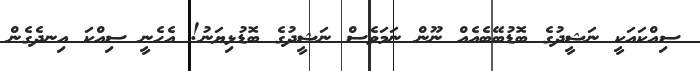
ސިއްކައަކީ ނަޝީދުގެ ބޮޑުބޭބެއެއް ނޫން ނަމަވެސް ނަޝީދުގެ ބޮޑުޅިޔަނު! އެހެނީ ސިއްކަ އިނދެގެން